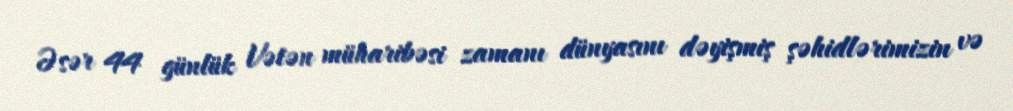
Əsər 44 günlük Vətən müharibəsi zamanı dünyasını dəyişmiş şəhidlərimizin və